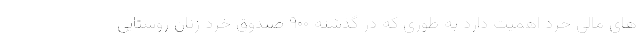
های مالی خرد اهمیت دارد به طوری که در گذشته ۹۰۰ صندوق خرد زنان روستایی